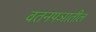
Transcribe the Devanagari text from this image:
वतनपञातील